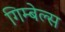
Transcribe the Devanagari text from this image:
गिम्बेल्स